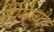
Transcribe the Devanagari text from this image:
प्रिमैच्योर